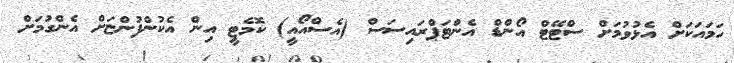
ހަމައަކަށް އެޅުވުމަށް ސްޓޭޓް އޯންޑް އެންޓަޕްރައިސަސް (އެސްއޯއީ) ކޮމެޓީ އިން އެކުންފުންޏަށް އެންގުމަށް